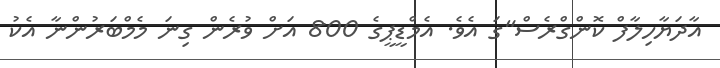
އާދަޔާހިލާފް ކޮންގްރެސް"ގަ އެވެ. އެމްޑީޕީގެ 800 އަށް ވުރެން ގިނަ މެމްބަރުންނާ އެކު